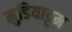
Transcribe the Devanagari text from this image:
मुडियाट्टम